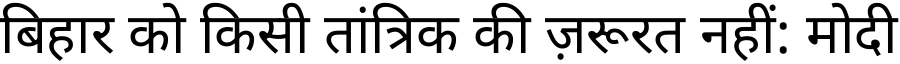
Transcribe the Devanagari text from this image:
बिहार को किसी तांत्रिक की ज़रूरत नहीं: मोदी